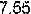
7.55